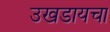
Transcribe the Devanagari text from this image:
उखडायचा